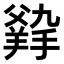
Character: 𤕛